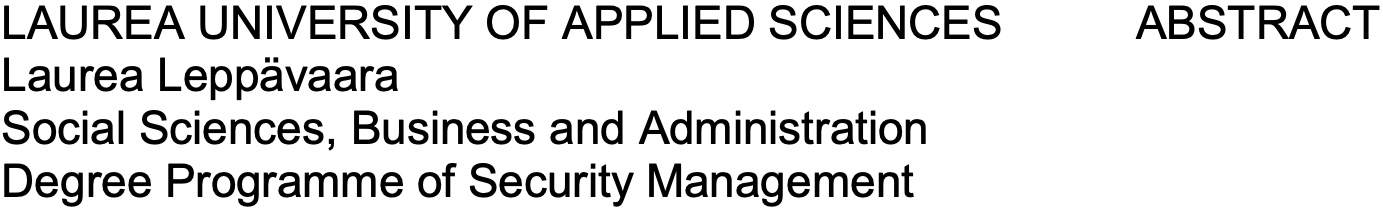
LAUREA UNIVERSITY OF APPLIED SCIENCES ABSTRACT Laurea Leppävaara Social Sciences, Business and Administration Degree Programme of Security Management